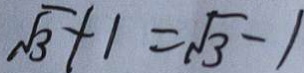
\sqrt { 3 } + 1 = \sqrt { 3 } - 1